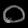
Digit: ၀